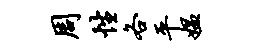
周性各平媪